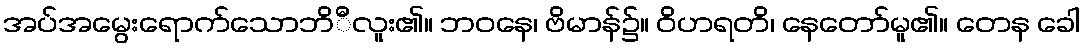
အပ်အမွေးရောက်သောဘိီလူး၏။ ဘဝနေ၊ ဗိမာန်၌။ ဝိဟရတိ၊ နေတော်မူ၏။ တေန ခေါ